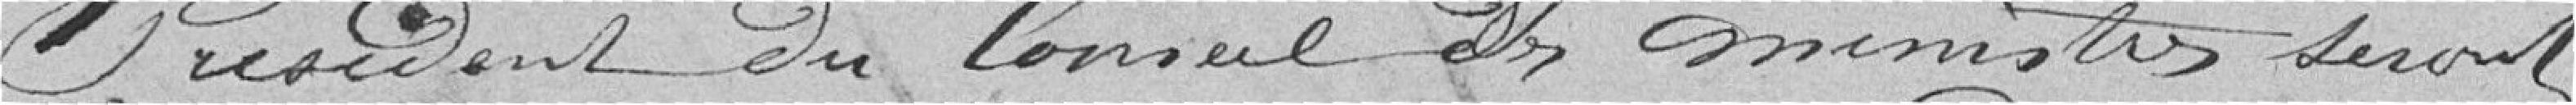
président du conseil des ministres, seront